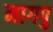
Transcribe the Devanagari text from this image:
नागपु